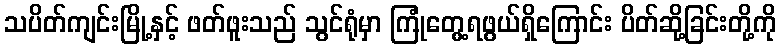
သပိတ်ကျင်းမြို့နှင့် ဖတ်ဖူးသည် သွင်ရုံမှာ ကြုံတွေ့ရဖွယ်ရှိကြောင်း ပိတ်ဆို့ခြင်းတို့ကို